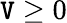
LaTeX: \mathtt{V}\geq0